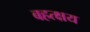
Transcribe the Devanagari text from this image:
बहत्क्षय